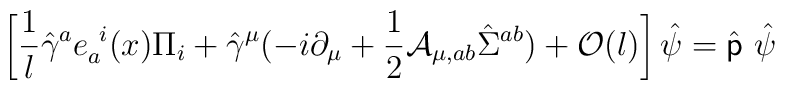
\left[{1\over l}\hat\gamma^a e_a^{\ i}(x)\Pi_i+\hat\gamma^\mu(-i\partial_\mu+{1\over2}{\mathcal A}_{\mu,ab}\hat\Sigma^{ab})+{\mathcal O}(l)\right] \hat\psi=\hat{\sf p}\ \hat\psi